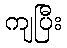
ကျပြီး